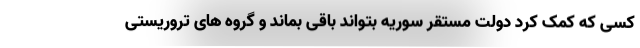
کسی که کمک کرد دولت مستقر سوریه بتواند باقی بماند و گروه های تروریستی